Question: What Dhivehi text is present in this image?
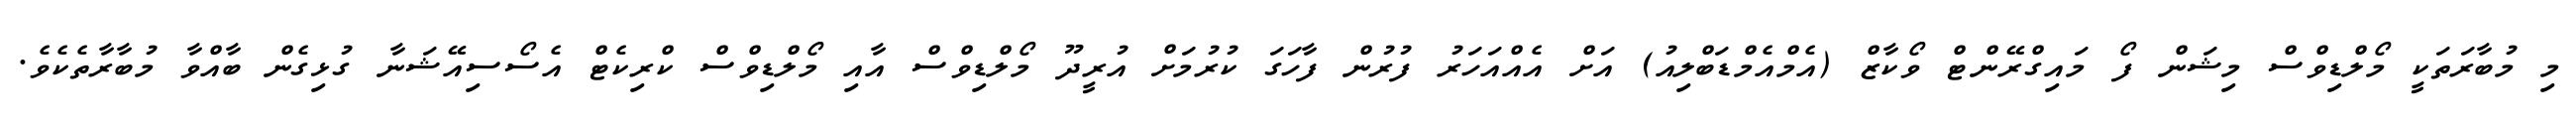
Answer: މި މުބާރަތަކީ މޯލްޑިވްސް މިޝަން ފޯ މައިގްރޭންޓް ވޯކާޒް (އެމްއެމްޑަބްލިއު) އަށް އެއްއަހަރު ފުރުން ފާހަގަ ކުރުމަށް އުރީދޫ މޯލްޑިވްސް އާއި މޯލްޑިވްސް ކްރިކެޓް އެސޯސިއޭޝަނާ ގުޅިގެން ބާއްވާ މުބާރާތެކެވެ.